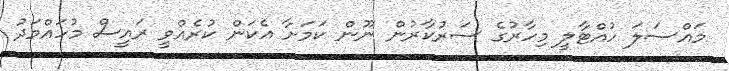
މައްސަލަ ހުއްޓާލީ މިހާރުގެ ސަރުކާރުން ނޫން ކަމަށާ އެކަން ކުރެއްވީ ރައީސް މުހައްމަދު